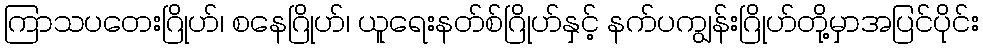
ကြာသပတေးဂြိုဟ်၊ စနေဂြိုဟ်၊ ယူရေးနတ်စ်ဂြိုဟ်နှင့် နက်ပကျွန်းဂြိုဟ်တို့မှာအပြင်ပိုင်း